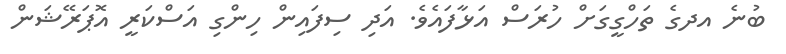
ބުނެ އދގެ ތަހްގީގަށް ހުރަސް އަޅާފައެވެ. އަދި ސިފައިން ހިންގި އަސްކަރީ އޮޕަރޭޝަން